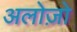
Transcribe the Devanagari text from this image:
अलोज़ो